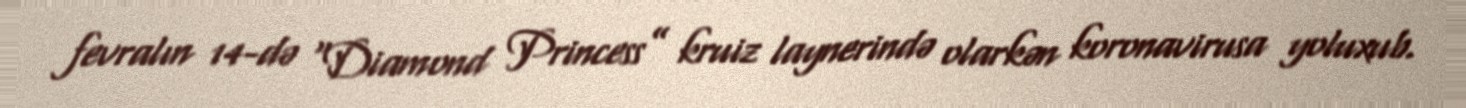
fevralın 14-də “Diamond Princess” kruiz laynerində olarkən koronavirusa yoluxub.